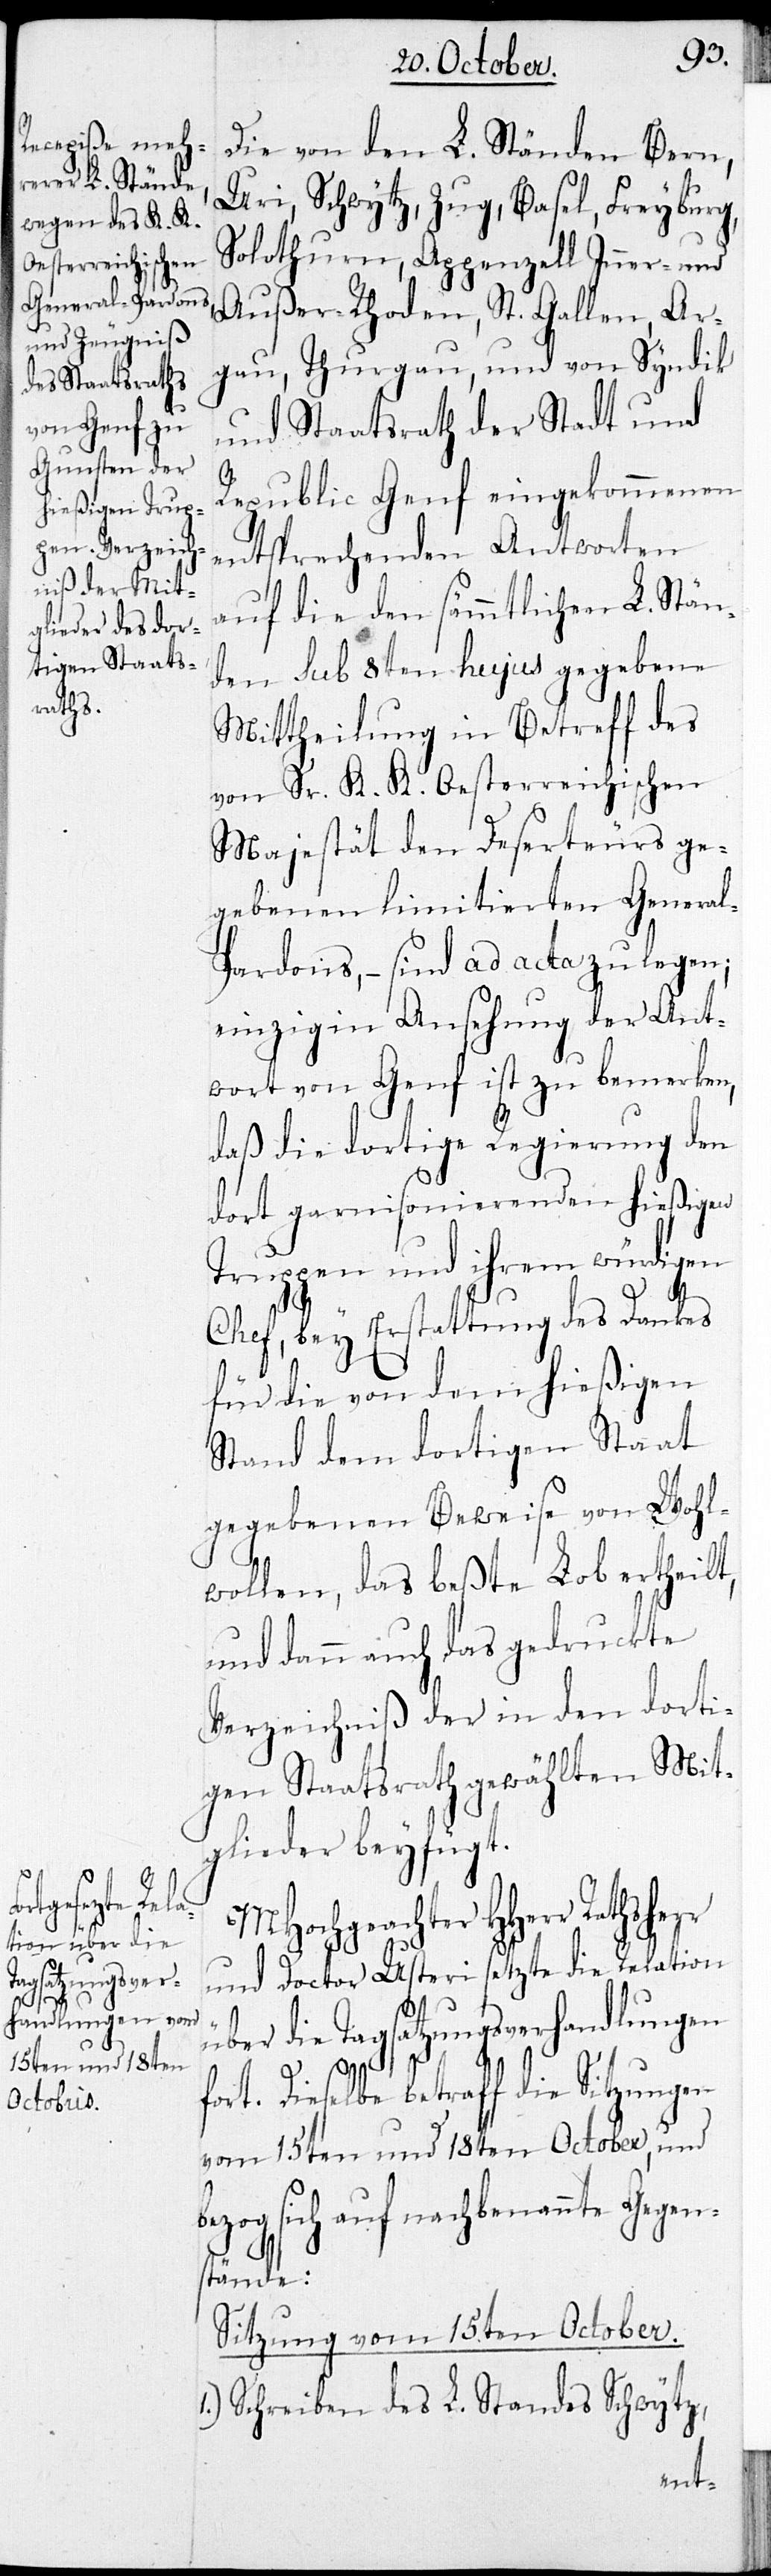
err

Die von den L. Ständen Bern,
Uri, Schwytz, Zug, Basel, Freyburg
Solothurn, Appenzell Inner- und
Außer-Rhoden, St. Gallen, Aar¬
gau, Thurgau und von Syndik
und Staatsrath der Stadt und
Republic Genf eingekommenen
entsprechenden Antworten
auf die den sämmtlichen L. Stän¬
den sub 8ten hujus gegebene
Mittheilung in Betreff des
von Sr. K. K. Oesterreichischen
Majestät den Deserteurs ge¬
gebenen limitierten General-P¬
ardons, – sind ad acta zu legen;
einzig in Ansehung der Ant¬
wort von Genf ist zu bemerken,
daß die dortige Regierung den
dort garnisonierenden hießigen
Truppen und ihrem würdigen
Chef, bey Erstattung des Dankes
für die von dem hießigen
Stand dem dortigen Staat
gegebenen Beweise von Wohl¬
wollen, das beßte Lob ertheilt,
und dann auch das gedruckte
Verzeichniß der in den dorti¬
gen Staatsrath gewählten Mit¬
glieder beyfügt.
MHochgeachter HHerr Rathsh¬
und Doctor Usteri setzte die Relation
über die Tagsatzungsverhandlungen
fort. Dieselbe betraff die Sitzungen
vom 15ten und 18ten October, und
sich auf nachbenannte Gegen¬
stände:
Sitzung vom 15ten October.
Schreiben des L. Standes Schwytz,